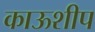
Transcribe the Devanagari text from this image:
काऊशीप